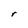
Character: r